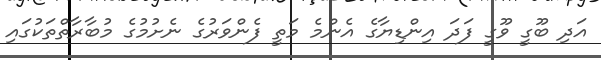
އަދި ބޫގީ ވޫގީ ފަދަ އިންޑިޔާގެ އެންމެ މަތީ ފެންވަރުގެ ނެށުމުގެ މުބާރާތްތަކުގައި